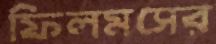
ফিলমসের